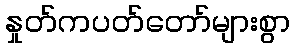
နှုတ်ကပတ်တော်များစွာ